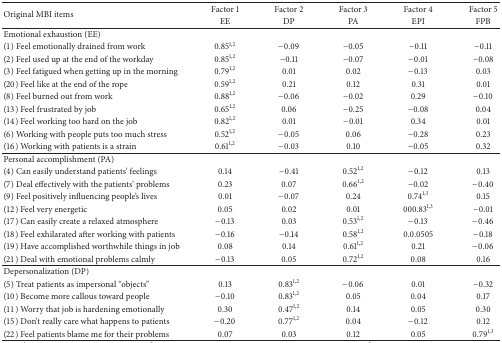
<table><thead><tr><td rowspan="2"><b>Original MBI items </b></td><td><b>Factor 1</b></td><td><b>Factor 2</b></td><td><b>Factor 3</b></td><td><b>Factor 4</b></td><td><b>Factor 5</b></td></tr><tr><td><b>EE</b></td><td><b>DP</b></td><td><b>PA</b></td><td><b>EPI</b></td><td><b>FPB</b></td></tr></thead><tbody><tr><td>Emotional exhaustion (EE)</td><td> </td><td> </td><td> </td><td> </td><td> </td></tr><tr><td>(1) Feel emotionally drained from work</td><td>0.85<sup>1,2</sup></td><td>−0.09</td><td>−0.05</td><td>−0.11</td><td>−0.11</td></tr><tr><td>(2) Feel used up at the end of the workday</td><td>0.85<sup>1,2</sup></td><td>−0.11</td><td>−0.07</td><td>−0.01</td><td>−0.08</td></tr><tr><td>(3) Feel fatigued when getting up in the morning</td><td>0.79<sup>1,2</sup></td><td>0.01</td><td>0.02</td><td>−0.13</td><td>0.03</td></tr><tr><td>(20) Feel like at the end of the rope</td><td>0.59<sup>1,2</sup></td><td>0.21</td><td>0.12</td><td>0.31</td><td>0.01</td></tr><tr><td>(8) Feel burned out from work</td><td>0.88<sup>1,2</sup></td><td>−0.06</td><td>−0.02</td><td>0.29</td><td>−0.10</td></tr><tr><td>(13) Feel frustrated by job</td><td>0.65<sup>1,2</sup></td><td>0.06</td><td>−0.25</td><td>−0.08</td><td>0.04</td></tr><tr><td>(14) Feel working too hard on the job</td><td>0.82<sup>1,2</sup></td><td>0.01</td><td>−0.01</td><td>0.34</td><td>0.01</td></tr><tr><td>(6) Working with people puts too much stress</td><td>0.52<sup>1,2</sup></td><td>−0.05</td><td>0.06</td><td>−0.28</td><td>0.23</td></tr><tr><td>(16) Working with patients is a strain</td><td>0.61<sup>1,2</sup></td><td>−0.03</td><td>0.10</td><td>−0.05</td><td>0.32</td></tr><tr><td>Personal accomplishment (PA)</td><td> </td><td> </td><td> </td><td> </td><td> </td></tr><tr><td>(4) Can easily understand patients&#x27; feelings</td><td>0.14</td><td>−0.41</td><td>0.52<sup>1,2</sup></td><td>−0.12</td><td>0.13</td></tr><tr><td>(7) Deal effectively with the patients&#x27; problems</td><td>0.23</td><td>0.07</td><td>0.66<sup>1,2</sup></td><td>−0.02</td><td>−0.40</td></tr><tr><td>(9) Feel positively influencing people&#x27;s lives</td><td>0.01</td><td>−0.07</td><td>0.24</td><td>0.74<sup>1,3</sup></td><td>0.15</td></tr><tr><td>(12) Feel very energetic</td><td>0.05</td><td>0.02</td><td>0.01</td><td>000.83<sup>1,3</sup></td><td>−0.01</td></tr><tr><td>(17) Can easily create a relaxed atmosphere</td><td>−0.13</td><td>0.03</td><td>0.53<sup>1,2</sup></td><td>−0.13</td><td>−0.46</td></tr><tr><td>(18) Feel exhilarated after working with patients</td><td>−0.16</td><td>−0.14</td><td>0.58<sup>1,2</sup></td><td>0.0.0505</td><td>−0.18</td></tr><tr><td>(19) Have accomplished worthwhile things in job</td><td>0.08</td><td>0.14</td><td>0.61<sup>1,2</sup></td><td>0.21</td><td>−0.06</td></tr><tr><td>(21) Deal with emotional problems calmly</td><td>−0.13</td><td>0.05</td><td>0.72<sup>1,2</sup></td><td>0.08</td><td>0.16</td></tr><tr><td>Depersonalization (DP)</td><td> </td><td> </td><td> </td><td> </td><td> </td></tr><tr><td>(5) Treat patients as impersonal “objects”</td><td>0.13</td><td>0.83<sup>1,2</sup></td><td>−0.06</td><td>0.01</td><td>−0.32</td></tr><tr><td>(10) Become more callous toward people</td><td>−0.10</td><td>0.83<sup>1,2</sup></td><td>0.05</td><td>0.04</td><td>0.17</td></tr><tr><td>(11) Worry that job is hardening emotionally</td><td>0.30</td><td>0.47<sup>1,2</sup></td><td>0.14</td><td>0.05</td><td>0.30</td></tr><tr><td>(15) Don&#x27;t really care what happens to patients</td><td>−0.20</td><td>0.77<sup>1,2</sup></td><td>0.04</td><td>−0.12</td><td>0.12</td></tr><tr><td>(22) Feel patients blame me for their problems</td><td>0.07</td><td>0.03</td><td>0.12</td><td>0.05</td><td>0.79<sup>1,3</sup></td></tr></tbody></table>